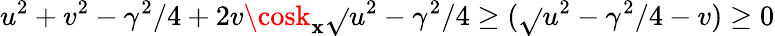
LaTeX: u^{2}+v^{2}-\gamma^{2}/4+2v\cosk_{\mathbf{x}}\sqrt{}{{u^{2}-\gamma^{2}/4}}\geq(\sqrt{}{{u^{2}-\gamma^{2}/4}}-v)\geq0